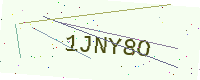
Text: 1JNY8O